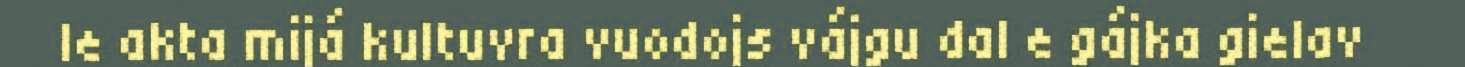
le akta mijá kultuvra vuodojs vájgu dal e gájka gielav